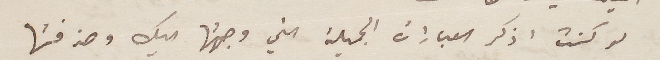
لو كنت اذكر العبارات الجميلة التي وجهتها اليك وحذفتها